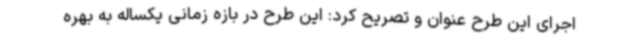
اجرای این طرح عنوان و تصریح کرد: این طرح در بازه زمانی یکساله به بهره